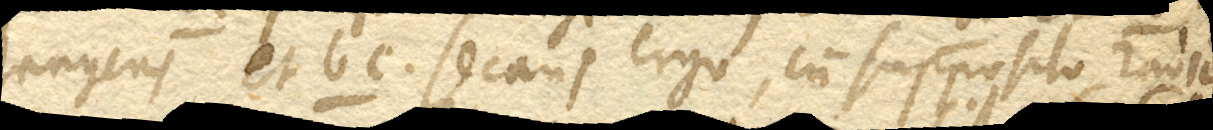
tangens et bc. secans, ergo cum supposito radio